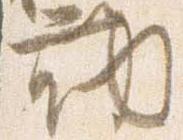
勤